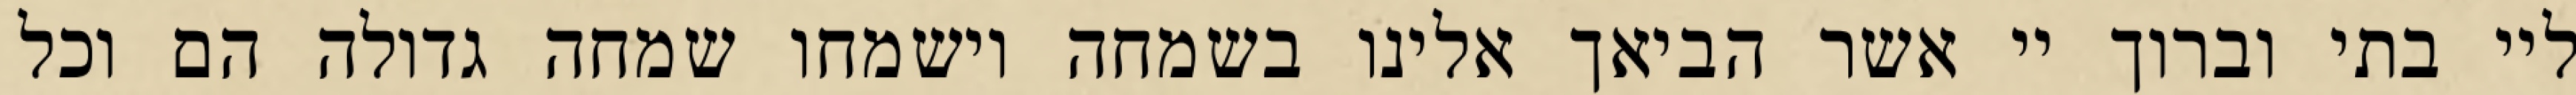
ליי בתי וברוך יי אשר הביאך אלינו בשמחה וישמחו שמחה גדולה הם וכל